65_HS1-834228961_62-HQ-83894_Section_1
Agency: FBI
Page 97
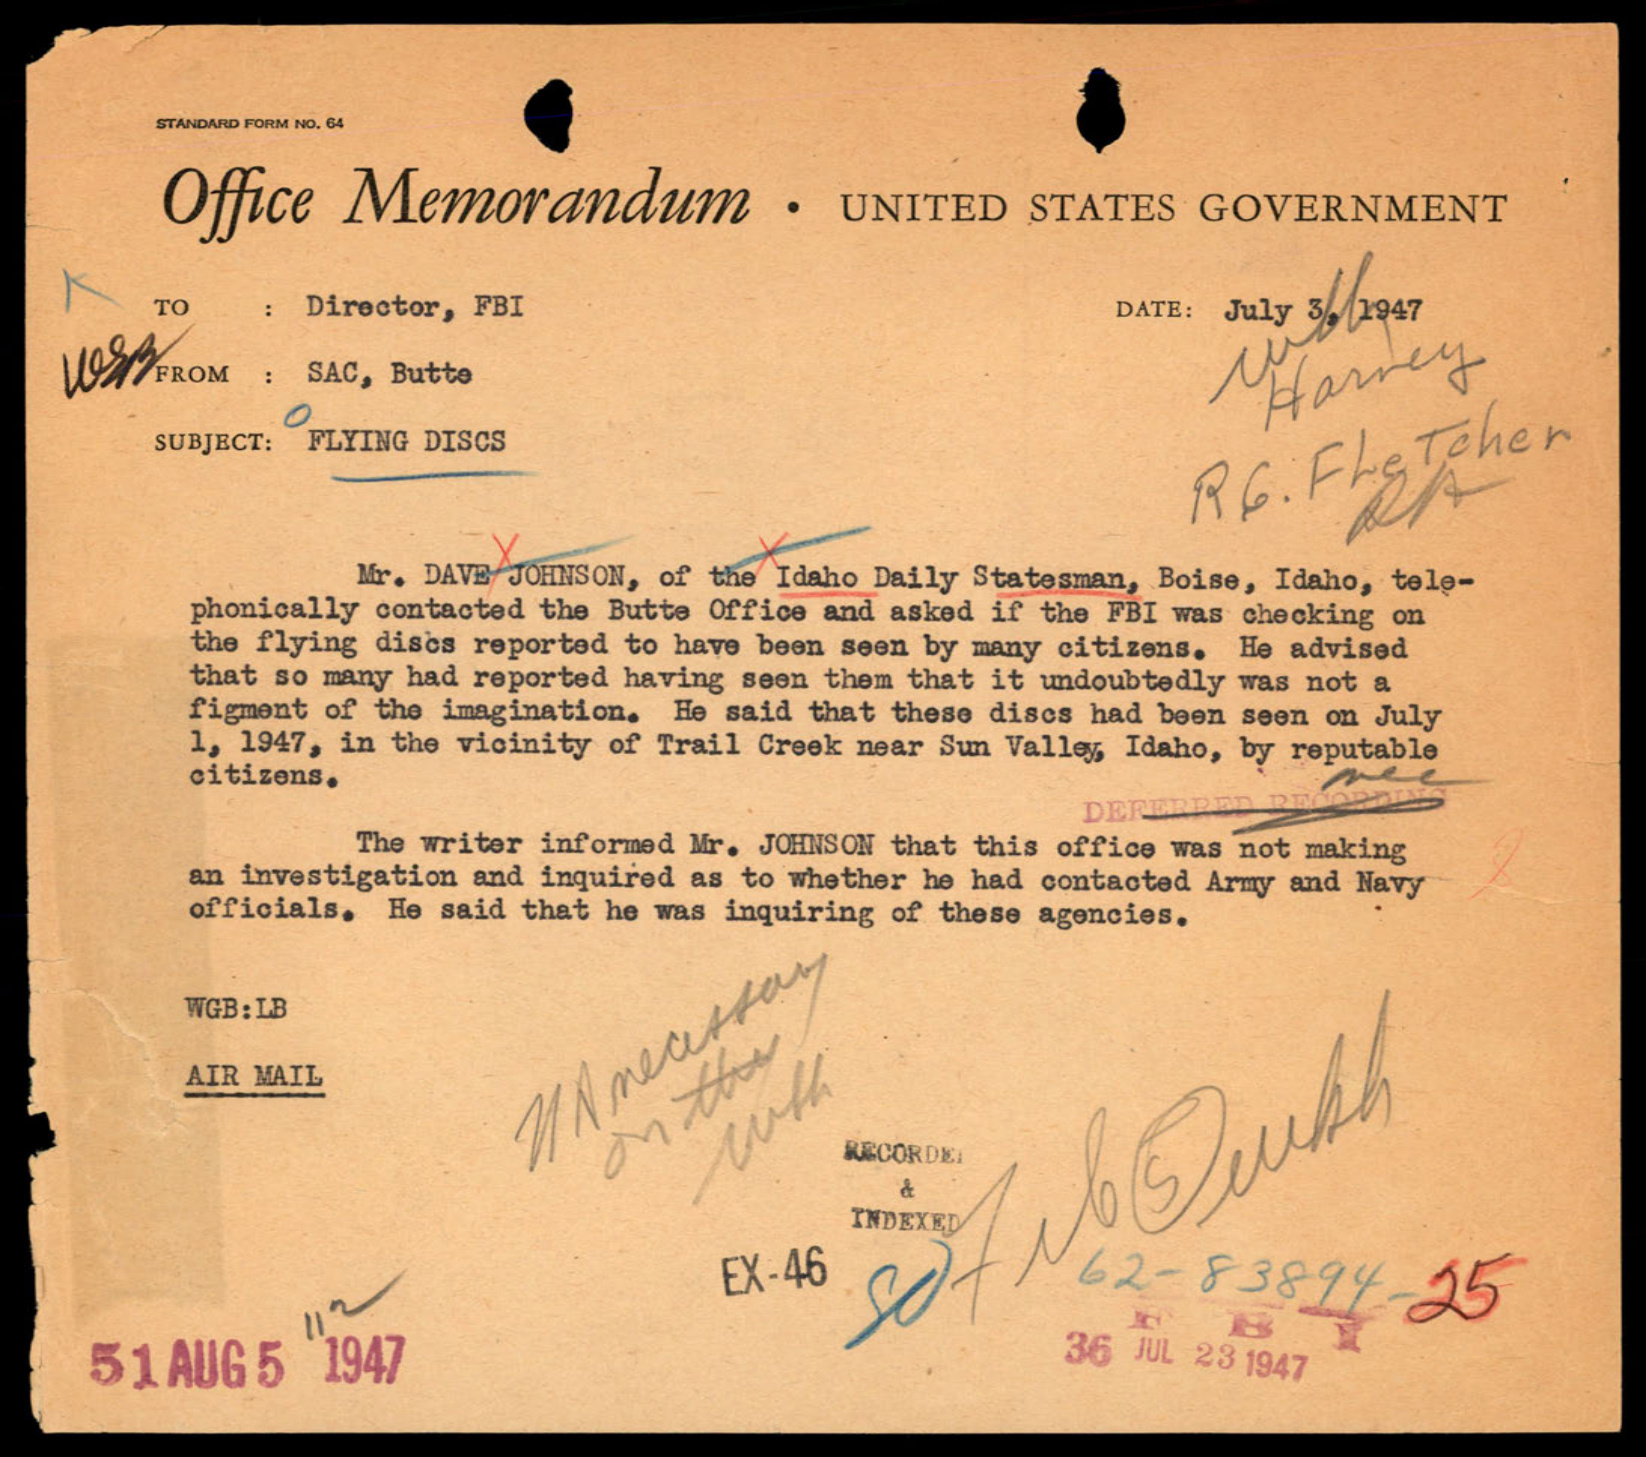